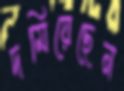
দমিয়েছেন